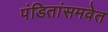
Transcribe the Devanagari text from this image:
पंडितांसमवेत